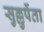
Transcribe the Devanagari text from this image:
सुल्लुर्पेता